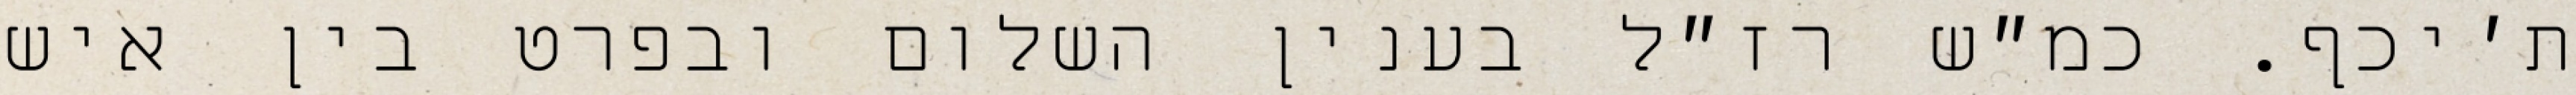
ת׳יכף. כמ״ש רז״ל בענין השלום ובפרט בין איש